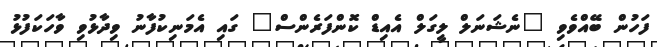
ފަހުން ބޭއްވެވި "ނެޝަނަލް ލީގަލް އެއިޑް ކޮންފަރެންސް" ގައި އެމަނިކުފާނު ވިދާޅުވި ވާހަކަފުޅު